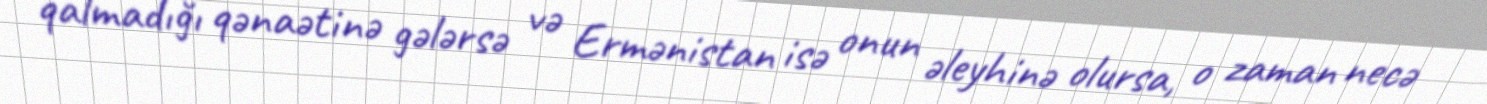
qalmadığı qənaətinə gələrsə və Ermənistan isə onun əleyhinə olursa, o zaman necə